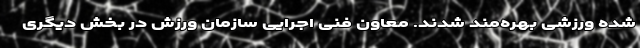
شده ورزشی بهره‌مند شدند. معاون فنی اجرایی سازمان ورزش در بخش دیگری